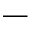
\_